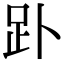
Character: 䟔